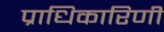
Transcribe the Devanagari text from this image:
प्राधिकारिणी